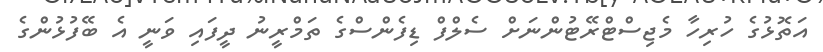
އަތޮޅުގެ ހުރިހާ މެޖިސްޓްރޭޓުންނަށް ސެލްފް ޑިފެންސްގެ ތަމްރީނު ދީފައި ވަނީ އެ ބޭފުޅުންގެ